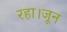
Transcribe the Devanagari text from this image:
रहा।जून